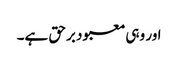
اور وہی معبود برحق ہے۔